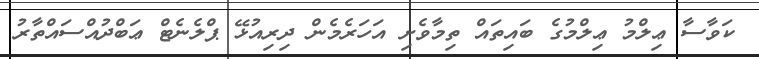
ކަވާސާ ޢިލްމު ޢިލްމުގެ ބައިތައް ތިމާވެށި އަހަރެމެން ދިރިއުޅޭ ޕްލެނެޓް ޢަބްދުއްސައްތާރު